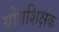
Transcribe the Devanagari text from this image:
योगशिक्षक